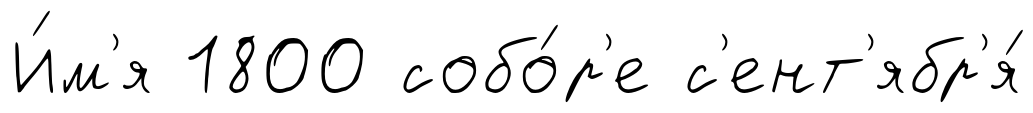
И́м'я 1800 собо́р'е с'ент'ябр'я́